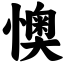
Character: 懊